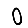
Digit: 0